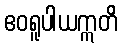
ဧဝရူပါယဣတိ